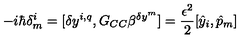
- i \hbar \delta _ { m } ^ { i } = [ \delta y ^ { i , q } , G _ { C C } \beta ^ { \delta y ^ { m } } ] = \frac { \epsilon ^ { 2 } } { 2 } [ { \hat { y } } _ { i } , { \hat { p } } _ { m } ]